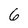
Character: 6